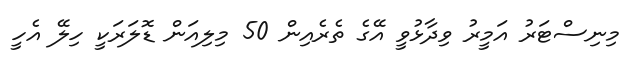
މިނިސްޓަރު އަމީރު ވިދާޅުވީ އޭގެ ތެރެއިން 50 މިލިއަން ޑޮލަރަކީ ހިލޭ އެހީ